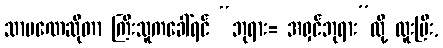
သာမဏေဆိုတာ ကြီးသူကခေါ်ရင် “ဘုရား= အရှင်ဘုရား”လို့ ထူးပြီး,